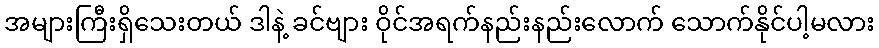
အများကြီးရှိသေးတယ် ဒါနဲ့ ခင်ဗျား ဝိုင်အရက်နည်းနည်းလောက် သောက်နိုင်ပါ့မလား